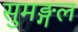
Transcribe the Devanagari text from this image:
सुमङ्गल